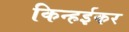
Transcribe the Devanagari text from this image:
किन्हईकर